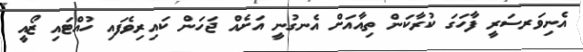
އެނިވަރސަރީ ފާހަގަ ކުރާކަން ތިއާއަށް އެނގުނީ އަށެއް ޖަހަން ކައިރިވެފައި ހުއްޓައި ޒޯއީ